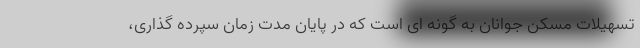
تسهیلات مسکن جوانان به گونه ای است که در پایان مدت زمان سپرده گذاری،